Vaccination in Bombay 1902-1912 - 1902-1912
Year: 1902
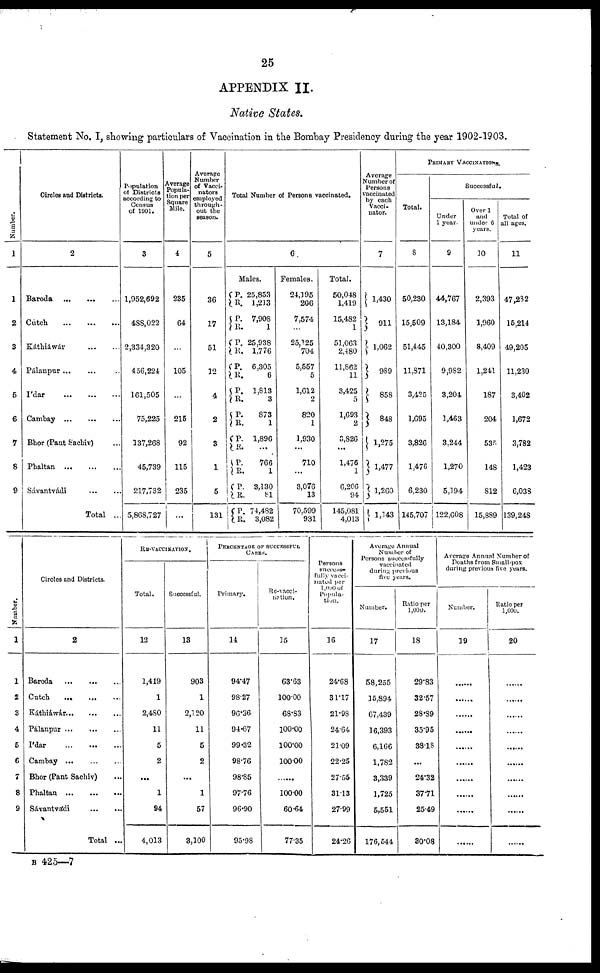
25
APPENDIX II.
Native States.
Statement No. I, showing particulars of Vaccination in the Bombay Presidency during the year 1902-1903.
Number.
1
1
2
3
4
5
6
7
8
9
Circles and Districts.
2
Baroda
...
...
...
Cutch
...
...
...
Káthiáwár
...
...
Pálanpur ... ... ...
I'dar
...
...
...
Cambay
...
...
...
Bhor (Pant Sachiv) ...
Phaltan
...
...
...
Sávantvádi
...
...
Total ..
Population
of Districts
according to
Census
of 1901.
3
1,952,692
488,022
2,334,320
456,224
161,505
75,225
137,268
45,739
217,732
5,868,727
Average
Popula-
tion per
Square
Mile.
4
235
64
...
105
...
215
92
115
235
...
Average
Number
of Vacci¬
nators
employed
through-
out the
season.
5
36
17
51
12
4
2
3
1
5
131
Total Number of Persons vaccinated.
6.
Males.
P.
R.
P.
R.
P.
R.
P.
R.
P.
R.
P.
R.
P.
R.
P.
R.
P.
R.
P.
R.
25,853
1,213
7,908
1
25,938
1,776
6,305
6
1,813
3
873
1
1,896
...
766
1
3,130
81
74,482
3,082
Females.
24,195
206
7,574
...
25,125
704
5,557
5
1,612
2
820
1
1,930
...
710
...
3,076
13
70,599
931
Total.
50,048
1,419
15,482
1
51,063
2,480
11,862
11
3,425
5
1,693
2
3,826
...
1,476
1
6,206
94
145,081
4,013
Average
Number of
Persons
vaccinated
by each
Vacci-
nator.
7
1,430
911
1,062
989
858
848
1,275
1,477
1,260
1,143
PRIMARY VACCINATIONS.
Total.
8
50,230
15,509
51,445
11,871
3,425
1,695
3,826
1,476
6,230
145,707
Successful.
Under
1 year.
9
44,767
13,184
40,300
9,982
3,204
1,463
3,244
1,270
5,194
122,608
Over 1
and
under 6
years.
10
2,393
1,960
8,409
1,241
187
204
535
148
812
15,889
Total of
all ages.
11
47,282
15,214
49,205
11,230
3,402
1,672
3,782
1,423
6,038
139,248
Number.
1
1
2
3
4
5
6
7
8
9
Circles and Districts.
2
Baroda
...
...
...
Catch
...
...
...
Káthiáwar
...
...
...
Pálanpur
...
...
...
I'dar
...
...
...
Cambay
...
...
...
Bhor (Pant Sachiv)
Phaltan
...
...
...
Sávantvádi
...
...
Total ...
RE-VACCINATION.
Total.
12
1,419
1
2,480
11
5
2
...
1
94
4,013
Successful.
13
903
1
2,120
11
5
2
...
1
57
3,100
PERCENTAGE OF SUCCESSFUL
CASES.
Primary.
14
94.47
98.27
96.36
94.67
99.32
98.76
98.85
97.76
96.90
95.98
Re-vacci¬
nation.
15
63.63
100.00
68.83
100.00
100.00
100.00
......
l00.00
60.64
77.35
Persons
success¬
fully vacci-
nated per
1 ,000 of
Popula-
tion.
16
24.68
31.17
21.98
24.64
21.09
22.25
27.55
31.13
27.99
24.26
Average Annual
Number of
Persons successfully
vaccinated
during previous
five years.
Number.
17
58,255
16,894
67,439
16,393
6,166
1,782
3,339
1,725
5,551
176,544
Ratio per
1,000.
18
29.83
32.57
28.89
35.95
38.18
...
24.32
37.71
25.49
30.08
Average Annual Number of
Deaths from Small-pox
during previous five years.
Number.
19
...
...
...
...
...
...
...
...
...
...
Ratio per
1,000.
20
...
...
...
...
...
...
...
...
...
...
B 425—7